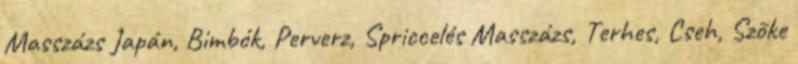
Masszázs Japán, Bimbók, Perverz, Spriccelés Masszázs, Terhes, Cseh, Szõke